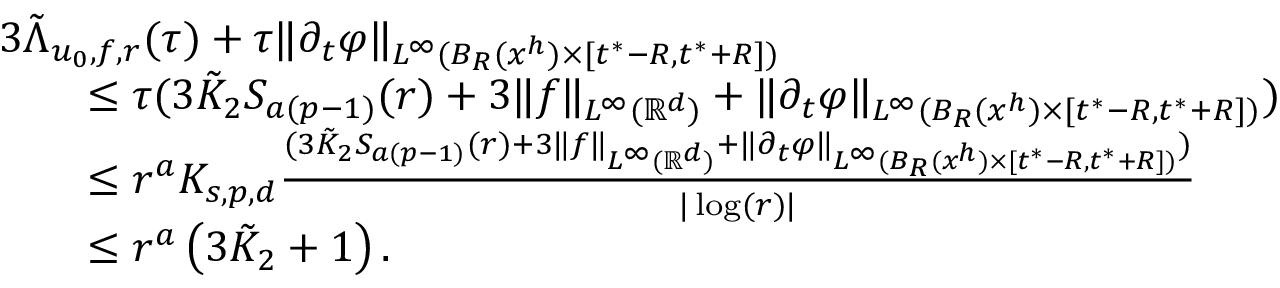
\begin{array} { r l } & { 3 \tilde { \Lambda } _ { u _ { 0 } , f , r } ( \tau ) + \tau \| \partial _ { t } \varphi \| _ { L ^ { \infty } ( B _ { R } ( x ^ { h } ) \times [ t ^ { * } - R , t ^ { * } + R ] ) } } \\ & { \qquad \leq \tau ( 3 \tilde { K } _ { 2 } S _ { a ( p - 1 ) } ( r ) + 3 \| f \| _ { L ^ { \infty } ( \ensuremath { \mathbb { R } } ^ { d } ) } + \| \partial _ { t } \varphi \| _ { L ^ { \infty } ( B _ { R } ( x ^ { h } ) \times [ t ^ { * } - R , t ^ { * } + R ] ) } ) } \\ & { \qquad \leq r ^ { a } K _ { s , p , d } \frac { ( 3 \tilde { K } _ { 2 } S _ { a ( p - 1 ) } ( r ) + 3 \| f \| _ { L ^ { \infty } ( \ensuremath { \mathbb { R } } ^ { d } ) } + \| \partial _ { t } \varphi \| _ { L ^ { \infty } ( B _ { R } ( x ^ { h } ) \times [ t ^ { * } - R , t ^ { * } + R ] ) } ) } { | \log ( r ) | } } \\ & { \qquad \leq r ^ { a } \left( { 3 \tilde { K } _ { 2 } + 1 } \right) . } \end{array}